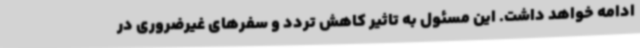
ادامه خواهد داشت. این مسئول به تاثیر کاهش تردد و سفرهای غیرضروری در